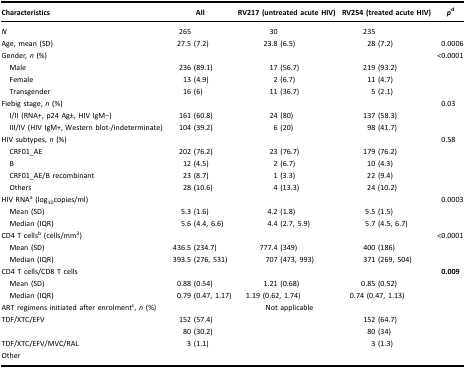
<table><thead><tr><td><b>Characteristics</b></td><td><b>All</b></td><td><b>RV217 (untreated acute HIV)</b></td><td><b>RV254 (treated acute HIV)</b></td><td><b><i>p</i><sup>d</sup></b></td></tr></thead><tbody><tr><td><i>N</i></td><td>265</td><td>30</td><td>235</td><td> </td></tr><tr><td>Age, mean (SD)</td><td>27.5 (7.2)</td><td>23.8 (6.5)</td><td>28 (7.2)</td><td>0.0006</td></tr><tr><td>Gender, <i>n</i> (%)</td><td> </td><td> </td><td> </td><td>&lt;0.0001</td></tr><tr><td> Male</td><td>236 (89.1)</td><td>17 (56.7)</td><td>219 (93.2)</td><td> </td></tr><tr><td> Female</td><td>13 (4.9)</td><td>2 (6.7)</td><td>11 (4.7)</td><td> </td></tr><tr><td> Transgender</td><td>16 (6)</td><td>11 (36.7)</td><td>5 (2.1)</td><td> </td></tr><tr><td>Fiebig stage, <i>n</i> (%)</td><td> </td><td> </td><td> </td><td>0.03</td></tr><tr><td> I/II (RNA+, p24 Ag±, HIV IgM−)</td><td>161 (60.8)</td><td>24 (80)</td><td>137 (58.3)</td><td> </td></tr><tr><td> III/IV (HIV IgM+, Western blot-/indeterminate)</td><td>104 (39.2)</td><td>6 (20)</td><td>98 (41.7)</td><td> </td></tr><tr><td>HIV subtypes, <i>n</i> (%)</td><td> </td><td> </td><td> </td><td>0.58</td></tr><tr><td> CRF01_AE</td><td>202 (76.2)</td><td>23 (76.7)</td><td>179 (76.2)</td><td> </td></tr><tr><td> B</td><td>12 (4.5)</td><td>2 (6.7)</td><td>10 (4.3)</td><td> </td></tr><tr><td> CRF01_AE/B recombinant</td><td>23 (8.7)</td><td>1 (3.3)</td><td>22 (9.4)</td><td> </td></tr><tr><td> Others</td><td>28 (10.6)</td><td>4 (13.3)</td><td>24 (10.2)</td><td> </td></tr><tr><td>HIV RNA<sup>a</sup> (log<sub>10</sub>copies/ml)</td><td> </td><td> </td><td> </td><td>0.0003</td></tr><tr><td> Mean (SD)</td><td>5.3 (1.6)</td><td>4.2 (1.8)</td><td>5.5 (1.5)</td><td> </td></tr><tr><td> Median (IQR)</td><td>5.6 (4.4, 6.6)</td><td>4.4 (2.7, 5.9)</td><td>5.7 (4.5, 6.7)</td><td> </td></tr><tr><td>CD4 T cells<sup>b</sup> (cells/mm<sup>3</sup>)</td><td> </td><td> </td><td> </td><td>&lt;0.0001</td></tr><tr><td> Mean (SD)</td><td>436.5 (234.7)</td><td>777.4 (349)</td><td>400 (186)</td><td> </td></tr><tr><td> Median (IQR)</td><td>393.5 (276, 531)</td><td>707 (473, 993)</td><td>371 (269, 504)</td><td> </td></tr><tr><td>CD4 T cells/CD8 T cells</td><td> </td><td> </td><td> </td><td><b>0.009</b></td></tr><tr><td> Mean (SD)Median (IQR)</td><td>0.88 (0.54)0.79 (0.47, 1.17)</td><td>1.21 (0.68)1.19 (0.62, 1.74)</td><td>0.85 (0.52)0.74 (0.47, 1.13)</td><td> </td></tr><tr><td>ART regimens initiated after enrolment<sup>c</sup>, <i>n</i> (%)</td><td> </td><td>Not applicable</td><td> </td><td> </td></tr><tr><td>TDF/XTC/EFV</td><td>152 (57.4)</td><td> </td><td>152 (64.7)</td><td> </td></tr><tr><td> </td><td>80 (30.2)</td><td> </td><td>80 (34)</td><td> </td></tr><tr><td>TDF/XTC/EFV/MVC/RALOther</td><td>3 (1.1)</td><td> </td><td>3 (1.3)</td><td> </td></tr></tbody></table>